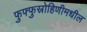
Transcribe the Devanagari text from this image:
फुफ्फुस्रोहिणीमधील